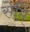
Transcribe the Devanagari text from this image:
सेमि